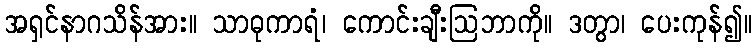
အရှင်နာဂသိန်အား။ သာဓုကာရံ၊ ကောင်းချီးဩဘာကို။ ဒတွာ၊ ပေးကုန်၍။